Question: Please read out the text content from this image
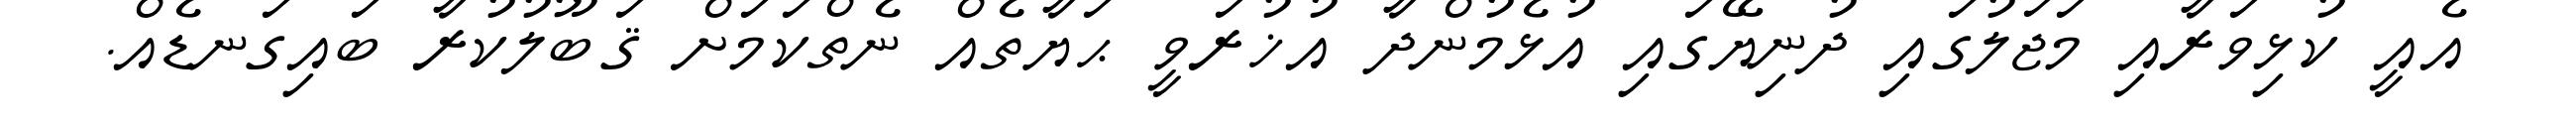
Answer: އެއީ ކުޅިވަރާއި މަޖަލުގައި ދުނިޔޭގައި އުޅެމުންދާ އުޚުރަވީ ޙަޔާތެއް ނެތްކަމަށް ޤަބޫލުކުރާ ބައިގަނޑެއް.